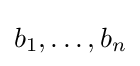
{\textstyle b_{1},\ldots ,b_{n}}